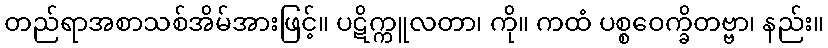
တည်ရာအစာသစ်အိမ်အားဖြင့်။ ပဋိက္ကူလတာ၊ ကို။ ကထံ ပစ္စဝေက္ခိတဗ္ဗာ၊ နည်း။